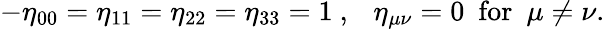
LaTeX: -\eta_{00}=\eta_{11}=\eta_{22}=\eta_{33}=1~,~~~\eta_{\mu\nu}=0~~\mathrm{for}~~\mu\neq\nu.